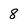
Character: 8